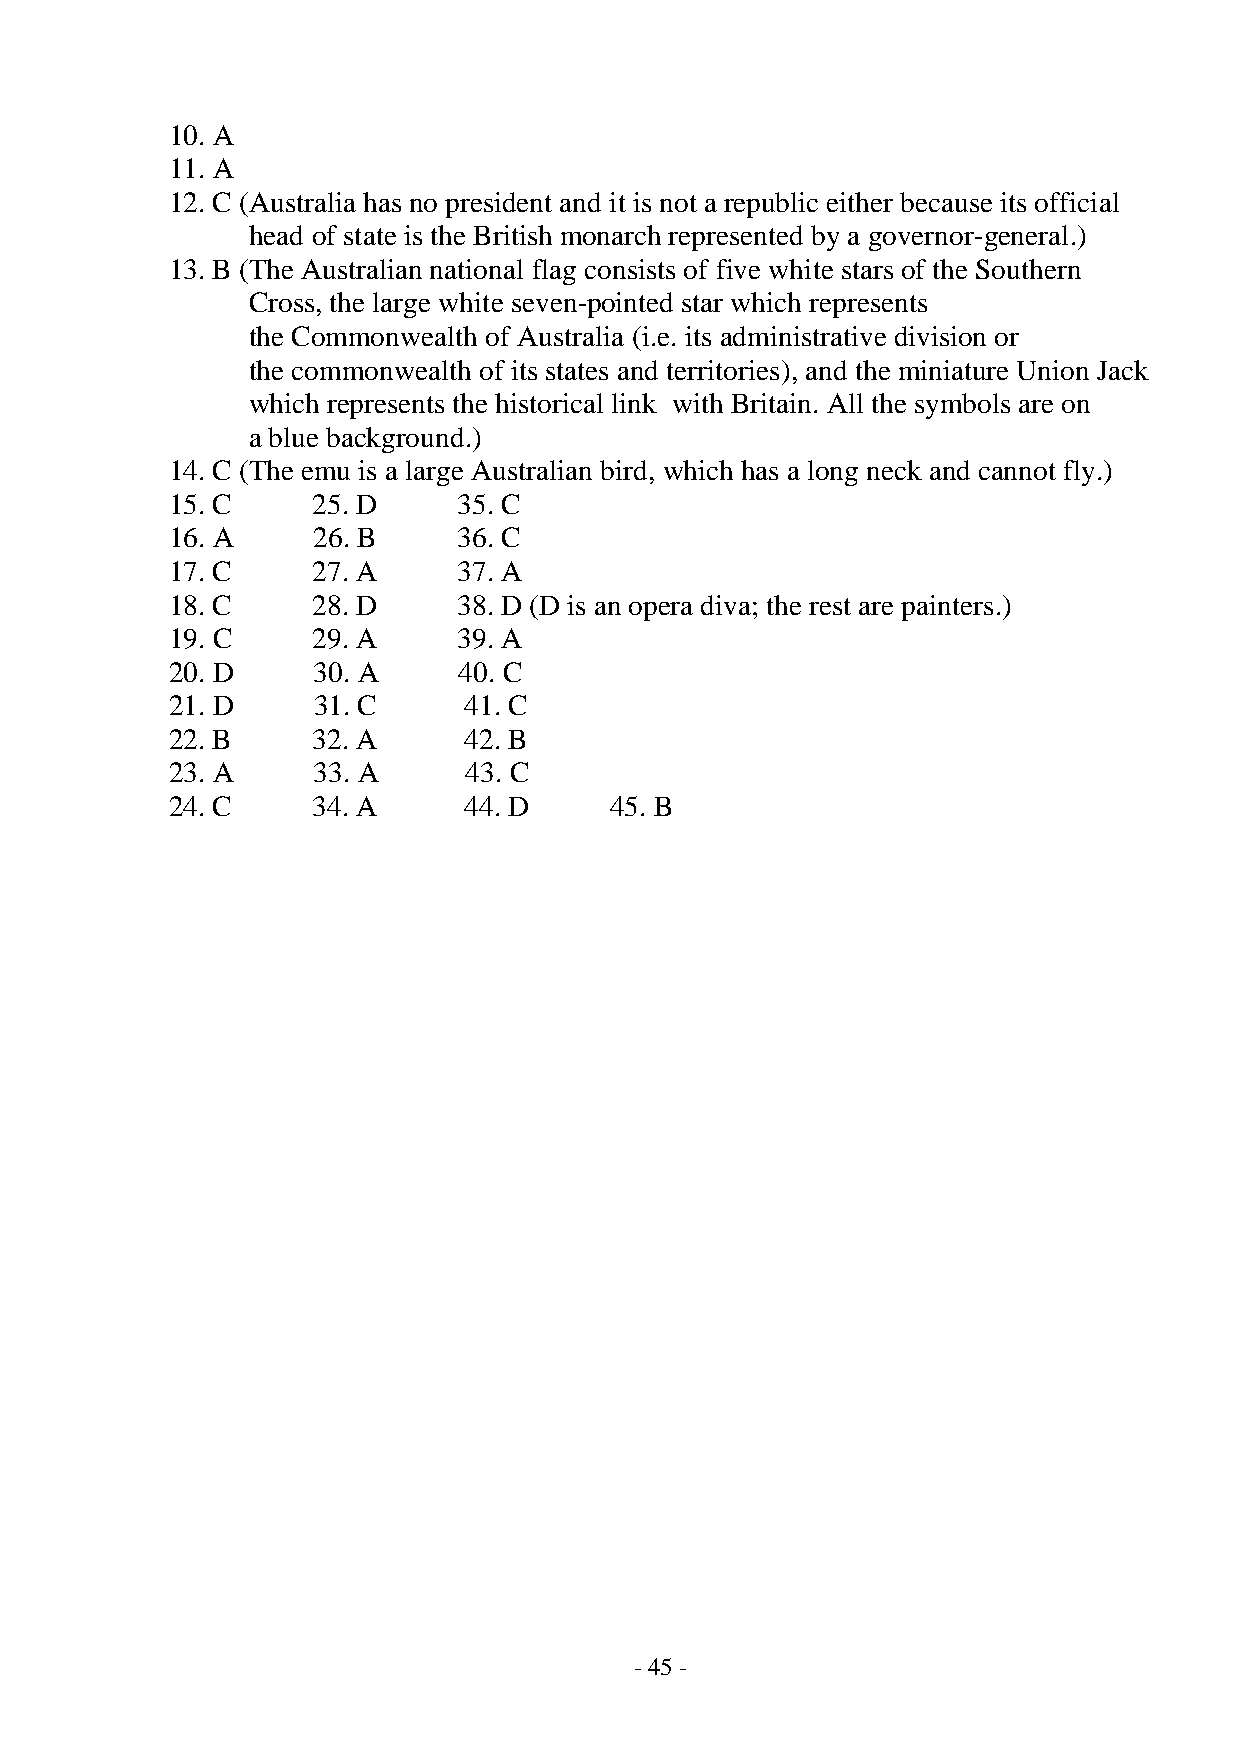
10. A
 11. A
 12. C (Australia has no president and it is not a republic either because its official
 head of state is the British monarch represented by a governor-general.)
 13. B (The Australian national flag consists of five white stars of the Southern
 Cross, the large white seven-pointed star which represents
 the Commonwealth of Australia (i.e. its administrative division or
 the commonwealth of its states and territories), and the miniature Union Jack
 which represents the historical link with Britain. All the symbols are on
 a blue background.)
 14. C (The emu is a large Australian bird, which has a long neck and cannot fly.)
 15. C     25. D    35. C
 16. A     26. B    36. C
 17. C     27. A    37. A
 18. C     28. D    38. D (D is an opera diva; the rest are painters.)
 19. C     29. A    39. A
 20. D     30. A    40. C
 21. D     31. C     41. C
 22. B     32. A     42. B
 23. A     33. A     43. C
 24. C     34. A     44. D    45. B
 - 45 -